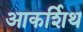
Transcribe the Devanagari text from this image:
आकर्शिथ